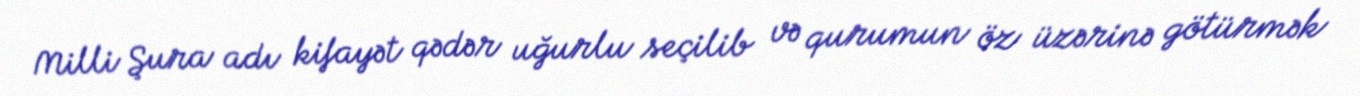
Milli Şura adı kifayət qədər uğurlu seçilib və qurumun öz üzərinə götürmək